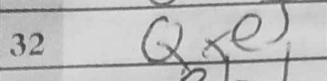
Transcription: Qxe5